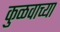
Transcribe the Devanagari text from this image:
कुळवाच्या